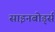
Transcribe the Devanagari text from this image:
साइनबोर्ड्स